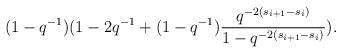
LaTeX: \begin{align*}(1-q^{-1})(1-2q^{-1}+(1-q^{-1})\frac{q^{-2(s_{i+1}-s_i)}}{1-q^{-2(s_{i+1}-s_i)}}).\end{align*}